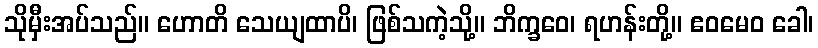
သိုမှီးအပ်သည်။ ဟောတိ သေယျထာပိ၊ ဖြစ်သကဲ့သို့။ ဘိက္ခဝေ၊ ရဟန်းတို့။ ဧဝမေဝ ခေါ၊